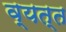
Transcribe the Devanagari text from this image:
व्यत्त